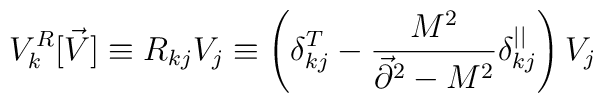
V^R_k[\vec{V}]\equiv R_{kj}V_j \equiv \left(\delta^T_{kj} -{M^2 \over \vec{\partial}^2-M^2}\delta_{kj}^{||}\right)V_j